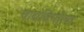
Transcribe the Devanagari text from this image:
वाद्यनिर्मात्या